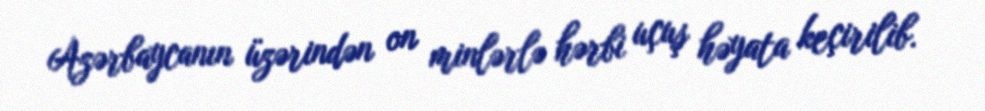
Azərbaycanın üzərindən on minlərlə hərbi uçuş həyata keçirilib.